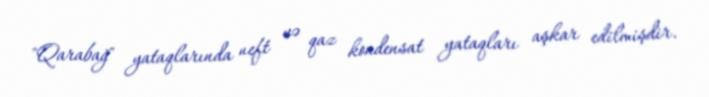
"Qarabağ" yataqlarında neft və qaz kondensat yataqları aşkar edilmişdir.